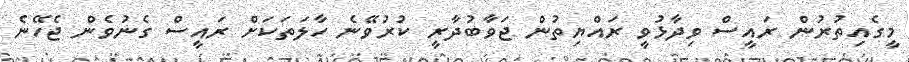
މީގެއިތުރުން ރައީސް ވިދާޅުވީ ރައްޔިތުން ޖަވާބުދާރީ ކުރުވޭނެ ހާލަތަކަށް ރައީސް ގެނުވެން ޖެހޭނެ